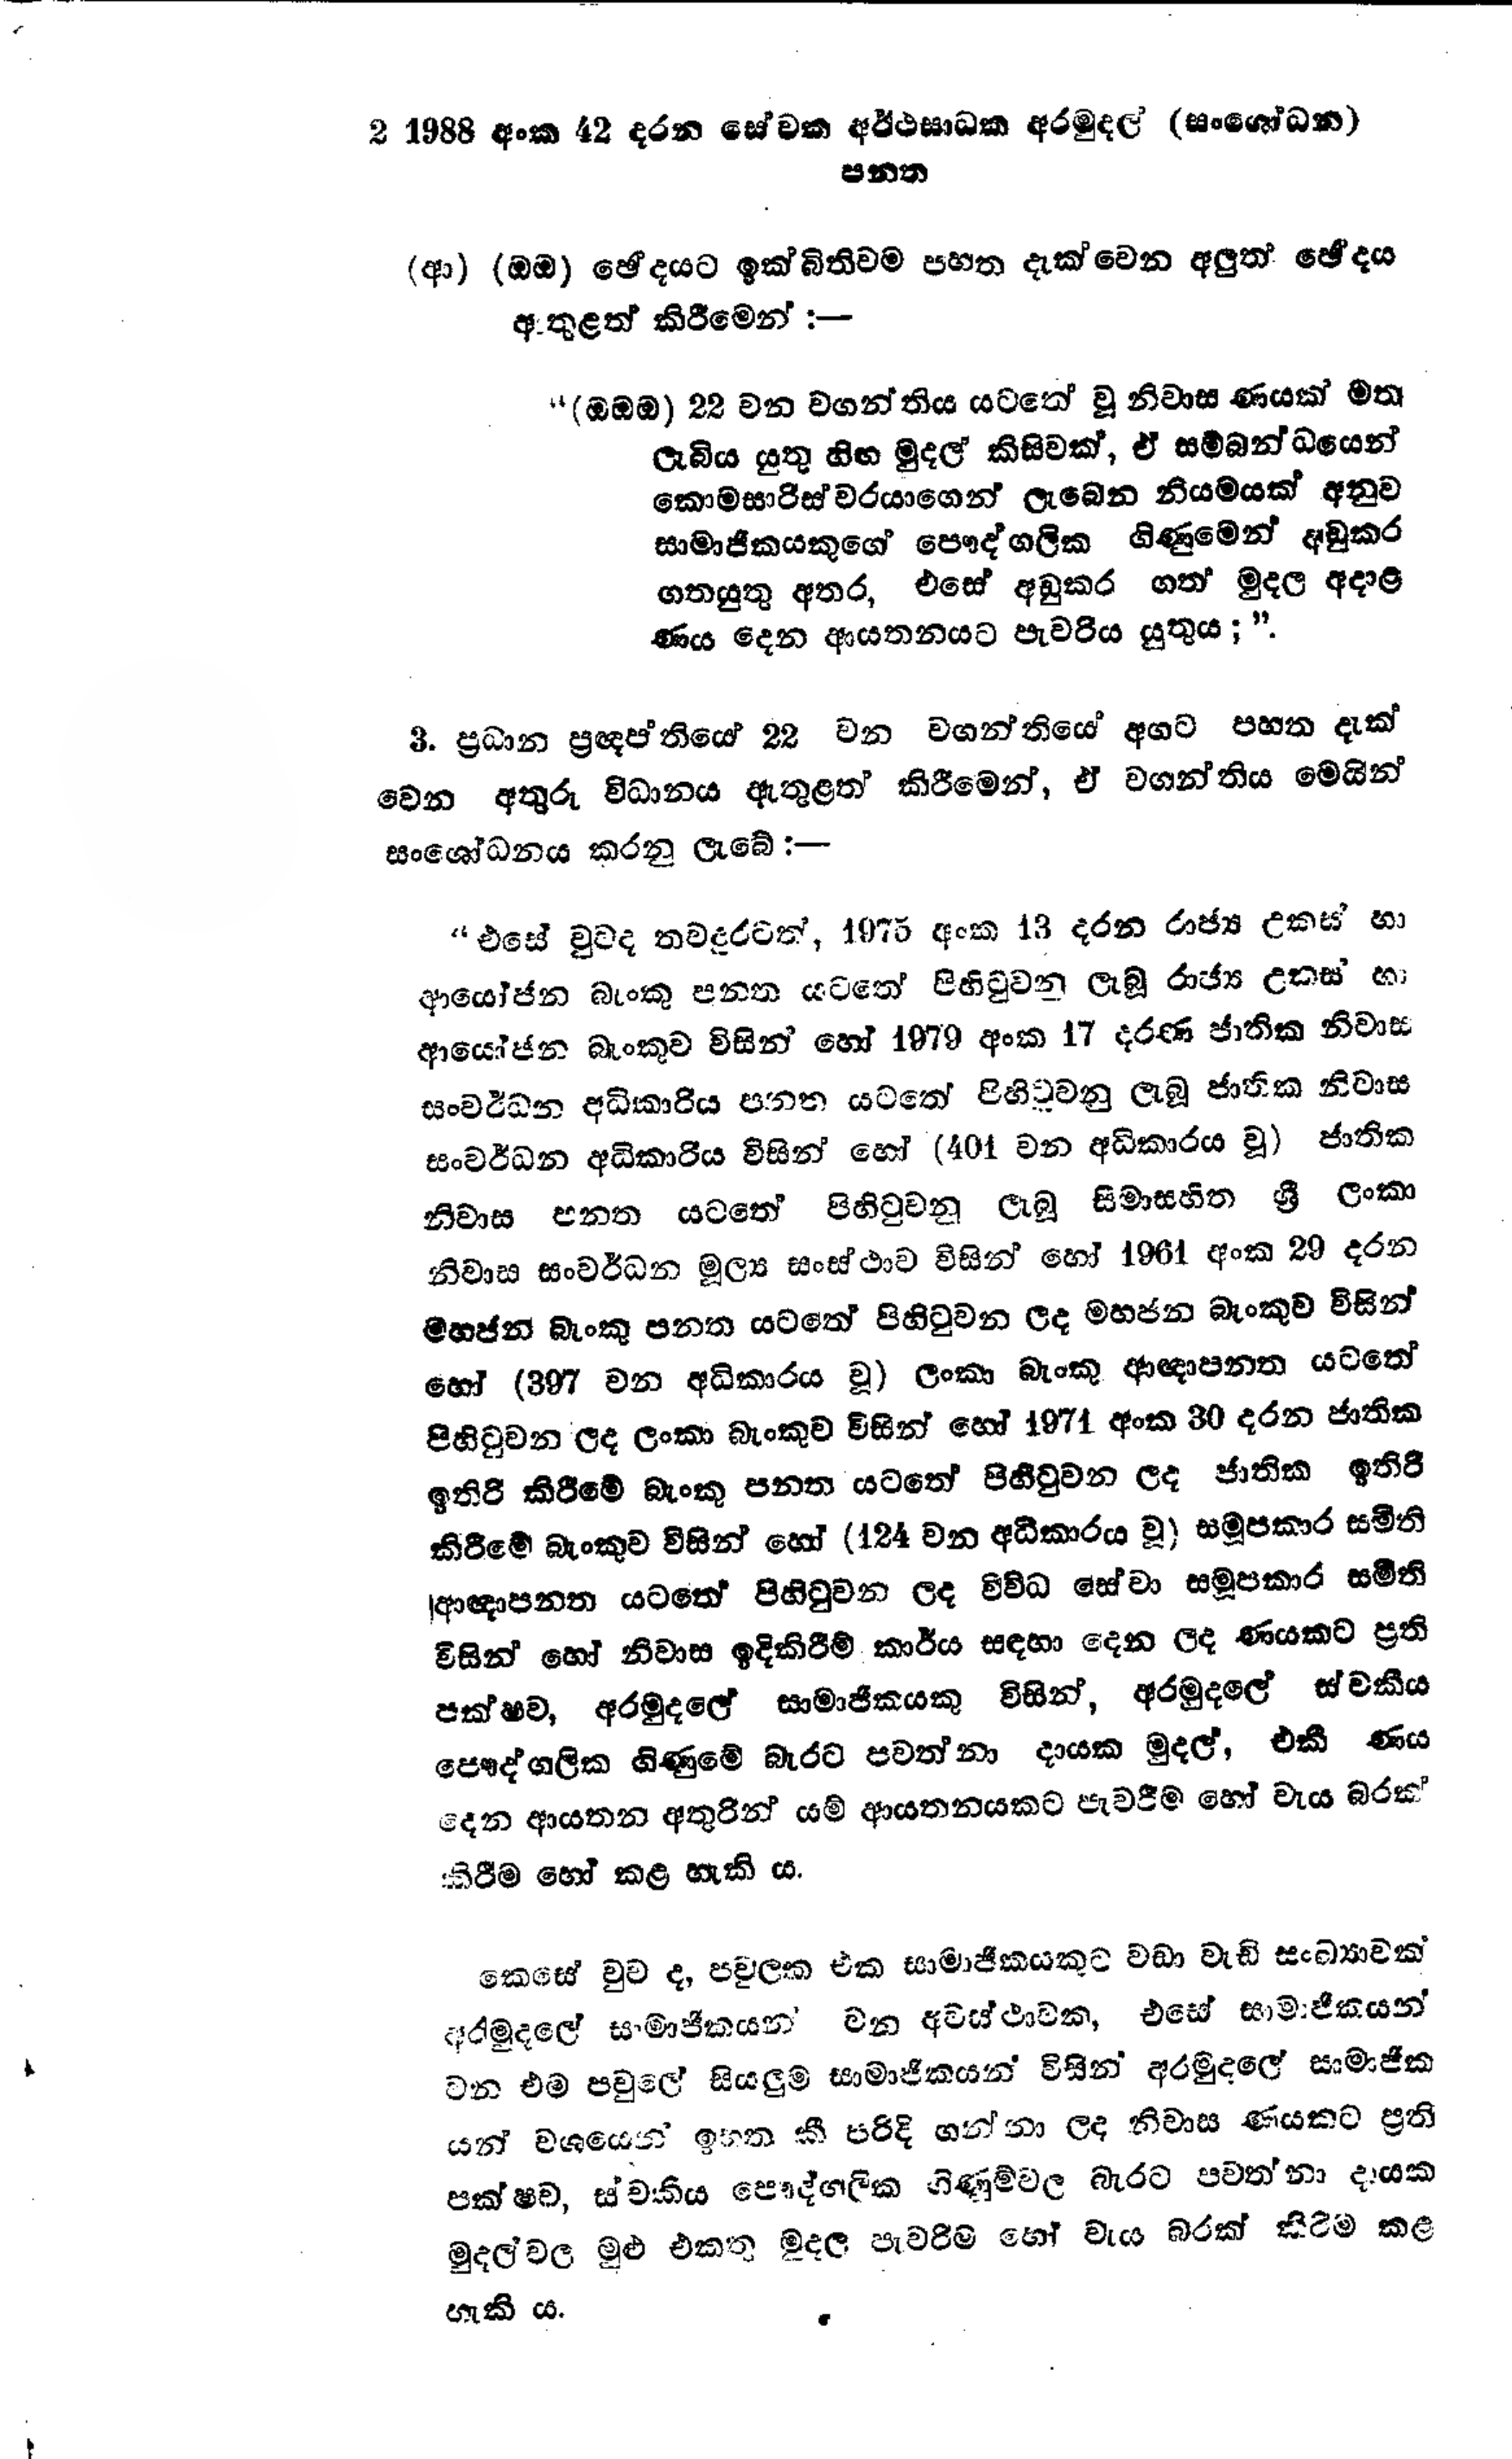
2 1988 අංක 42 දරන සේවක අර්ථ සාධක අරමුදල් (සංශෝධන )
පනත

(ආ) (ඔඔ) ඡේදයට ඉක්බිතිවම පහත දැක්වෙන අලුත් ඡේදය
ඇතුළත් කිරීමෙන් :-

"(ඔඔඔ) 22 වන වගන්තිය යටතේ වූ නිවාස ණයක් මත
ලැබිය යුතු හිඟ මුදල් කිසිවක්, ඒ සම්බන්ධයෙන්
කොමසාරිස්වරයාගෙන් ලැබෙන නියමයක් අනුව
සාමාජිකයකුගේ පෞද්ගලික ගිණුමෙන් අඩුකර
ගතයුතු අතර, එසේ අඩුකර ගත් මුදල අදාළ
ණය දෙන ආයතනයට පැවරිය යුතුය;".

3. ප්‍රධාන ප්‍රඥප්තියේ 22 වන වගන්තියේ අගට පහත දැක්
වෙන අතුරු විධානය ඇතුළත් කිරීමෙන්, ඒ වගන්තිය මෙයින්
සංශෝධනය කරනු ලැබේ :-

"එසේ වුවද තවදුරටත්, 1975 අංක 13 දරන රාජ්‍ය උකස් හා
ආයෝජන බැංකු පනත යටතේ පිහිටුවනු ලැබූ රාජ්‍ය උකස් හා
ආයෝජන බැංකුව විසින් හෝ 1979 අංක 17 දරණ ජාතික නිවාස
සංවර්ධන අධිකාරිය පනත යටතේ පිහිටුවනු ලැබූ ජාතික නිවාස
සංවර්ධන අධිකාරිය විසින් හෝ (401 වන අධිකාරය වූ) ජාතික
නිවාස පනත යටතේ පිහිටුවනු ලැබූ සීමාසහිත ශ්‍රී ලංකා
නිවාස සංවර්ධන මූල්‍ය සංස්ථාව විසින් හෝ 1961 අංක 29 දරන
මහජන බැංකු පනත යටතේ පිහිටුවන ලද මහජන බැංකුව විසින්
හෝ (397 වන අධිකාරය වූ) ලංකා බැංකු ආඥාපනත යටතේ
පිහිටුවන ලද ලංකා බැංකුව විසින් හෝ 1971 අංක 30 දරන ජාතික
ඉතිරි කිරීමේ බැංකු පනත යටතේ පිහිටුවන ලද ජාතික ඉතිරි
කිරීමේ බැංකුව විසින් හෝ (124 වන අධිකාරය වූ) සමූපකාර සමිති
ආඥාපනත යටතේ පිහිටුවන ලද විවිධ සේවා සමූපකාර සමිති
විසින් හෝ නිවාස ඉදිකිරීම් කාර්ය සඳහා දෙන ලද ණයකට ප්‍රති
පක්ෂව, අරමුදලේ සාමාජිකයකු විසින්, අරමුදලේ ස්වකීය
පෞද්ගලික ගිණුමේ බැරට පවත්නා දායක මුදල්, එකී ණය
දෙන ආයතන අතුරින් යම් ආයතනයකට පැවරීම හෝ වැය බරක්
කිරීම හෝ කළ හැකි ය.

කෙසේ වුව ද, පවුලක එක සාමාජිකයකුට වඩා වැඩි සංඛ්‍යාවක්
අරමුදලේ සාමාජිකයන වන අවස්ථාවක, එසේ සාමාජිකයන්
වන එම පවුලේ සියලුම් සාමාජිකයන් විසින් අරමුදලේ සාමාජික
යන් වශයෙන් ඉහත කී පරිදි ගන්නා ලද නිවාස ණයකට ප්‍රති
පක්ෂව, ස්වකීය පෞද්ගලික ගිණුම්වල බැරට පවත්නා දායක
මුදල් වල මුළු එකතු මුදල පැවරීම හෝ වැය බරක් කිරීම කළ
හැකි ය.